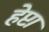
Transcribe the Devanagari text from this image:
हेप्टा